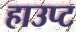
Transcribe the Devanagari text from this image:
हाउप्ट